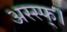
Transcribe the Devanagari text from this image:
अस्स्फ्।